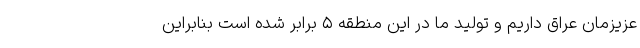
عزیزمان عراق داریم و تولید ما در این منطقه ۵ برابر شده است بنابراین